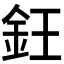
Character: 𬫃